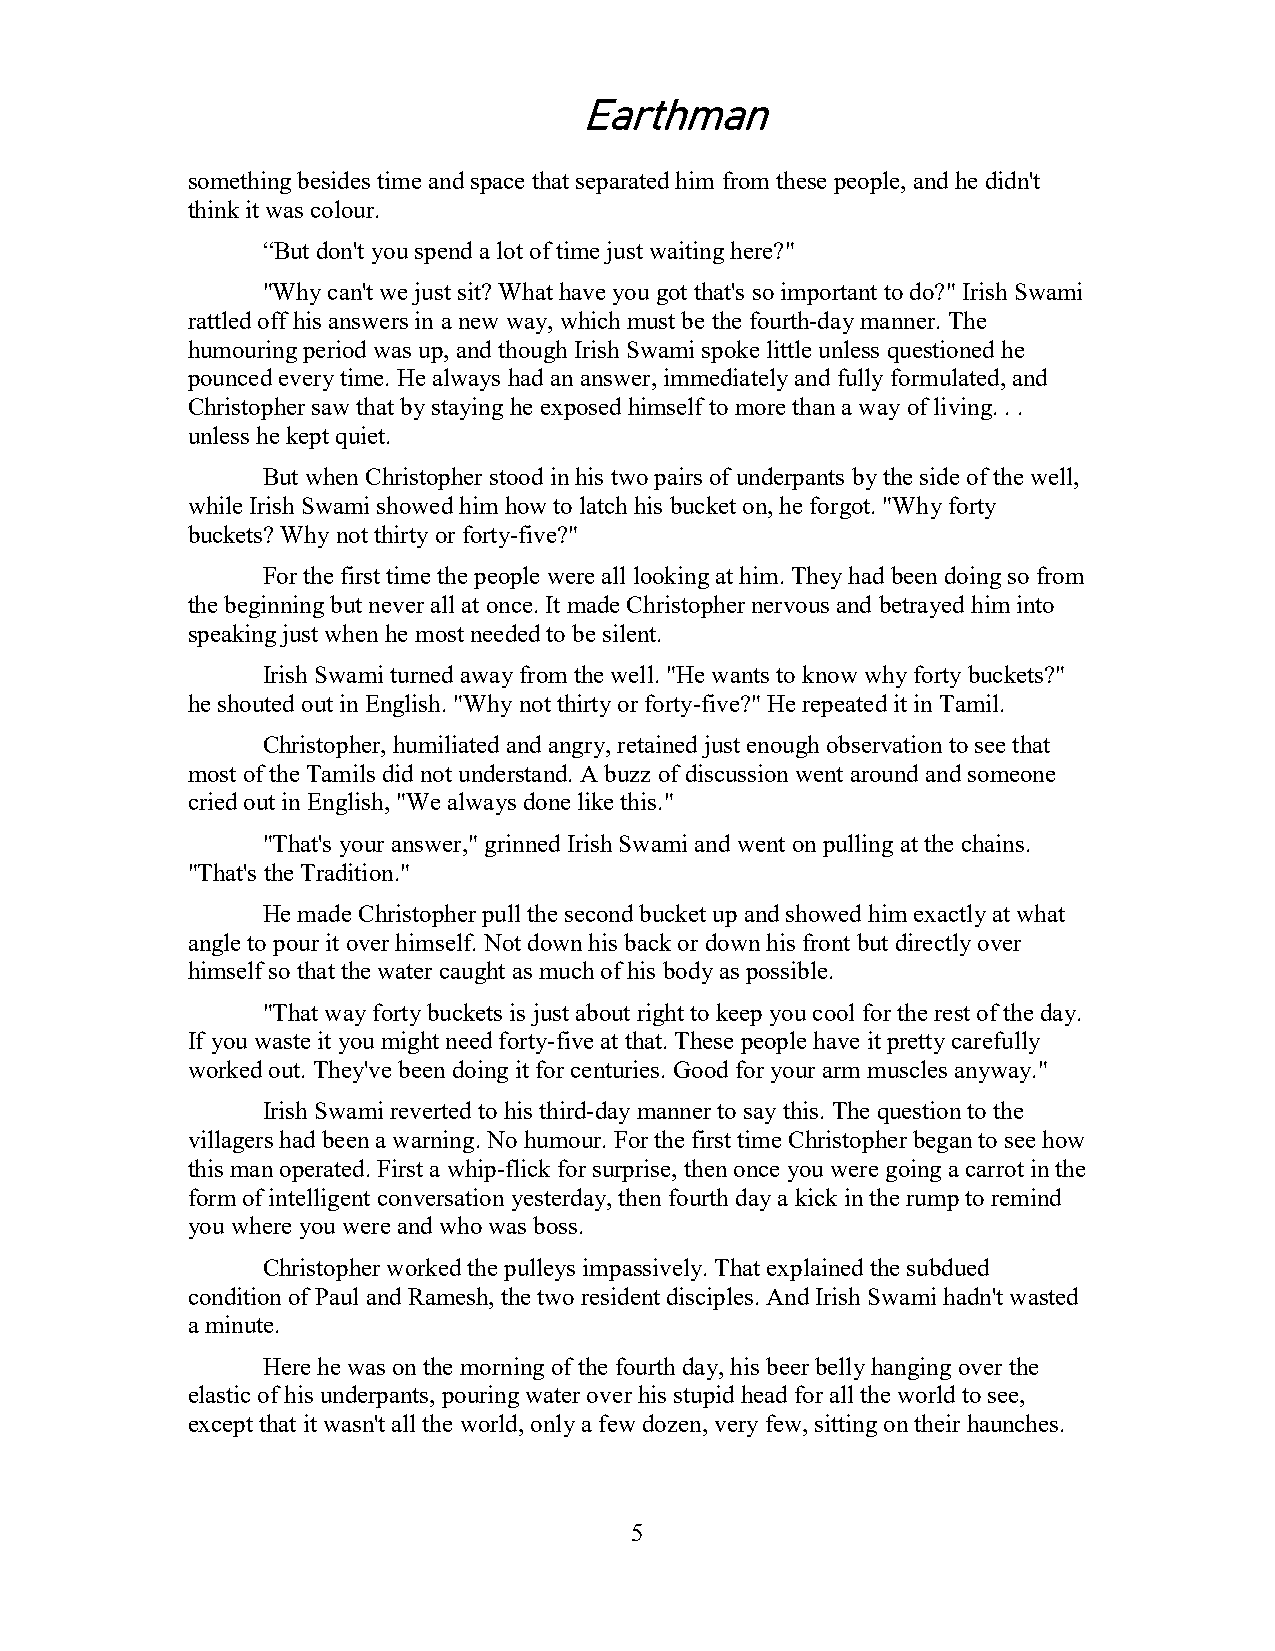
Earthman
 something besides time and space that separated him from these people, and he didn't
 think it was colour.
 “But don't you spend a lot of time just waiting here?"
 "Why can't we just sit? What have you got that's so important to do?" Irish Swami
 rattled off his answers in a new way, which must be the fourth-day manner. The
 humouring period was up, and though Irish Swami spoke little unless questioned he
 pounced every time. He always had an answer, immediately and fully formulated, and
 Christopher saw that by staying he exposed himself to more than a way of living. . .
 unless he kept quiet.
 But when Christopher stood in his two pairs of underpants by the side of the well,
 while Irish Swami showed him how to latch his bucket on, he forgot. "Why forty
 buckets? Why not thirty or forty-five?"
 For the first time the people were all looking at him. They had been doing so from
 the beginning but never all at once. It made Christopher nervous and betrayed him into
 speaking just when he most needed to be silent.
 Irish Swami turned away from the well. "He wants to know why forty buckets?"
 he shouted out in English. "Why not thirty or forty-five?" He repeated it in Tamil.
 Christopher, humiliated and angry, retained just enough observation to see that
 most of the Tamils did not understand. A buzz of discussion went around and someone
 cried out in English, "We always done like this."
 "That's your answer," grinned Irish Swami and went on pulling at the chains.
 "That's the Tradition."
 He made Christopher pull the second bucket up and showed him exactly at what
 angle to pour it over himself. Not down his back or down his front but directly over
 himself so that the water caught as much of his body as possible.
 "That way forty buckets is just about right to keep you cool for the rest of the day.
 If you waste it you might need forty-five at that. These people have it pretty carefully
 worked out. They've been doing it for centuries. Good for your arm muscles anyway."
 Irish Swami reverted to his third-day manner to say this. The question to the
 villagers had been a warning. No humour. For the first time Christopher began to see how
 this man operated. First a whip-flick for surprise, then once you were going a carrot in the
 form of intelligent conversation yesterday, then fourth day a kick in the rump to remind
 you where you were and who was boss.
 Christopher worked the pulleys impassively. That explained the subdued
 condition of Paul and Ramesh, the two resident disciples. And Irish Swami hadn't wasted
 a minute.
 Here he was on the morning of the fourth day, his beer belly hanging over the
 elastic of his underpants, pouring water over his stupid head for all the world to see,
 except that it wasn't all the world, only a few dozen, very few, sitting on their haunches.
 5